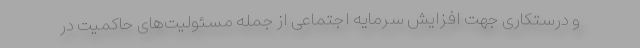
و درستکاری جهت افزایش سرمایه اجتماعی از جمله مسئولیت‌های حاکمیت در